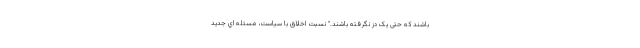
باشند که حتی یک دُز نگرفته باشند." نسبت اخلاق با سیاست، مسئله اي جديد